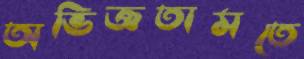
অভিজ্ঞতামতে